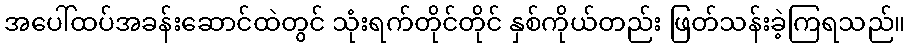
အပေါ်ထပ်အခန်းဆောင်ထဲတွင် သုံးရက်တိုင်တိုင် နှစ်ကိုယ်တည်း ဖြတ်သန်းခဲ့ကြရသည်။